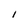
Character: I